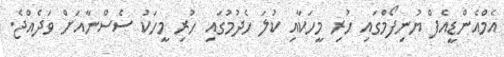
އެމްއެންޑީއެފް ޔުނިފޯމްގައި ހުރި މީހަކާއި ކުލަ ހެދުމުގައި ހުރި މީހަކު ސެސްނާއަށް ވަދެއްޖެ.